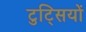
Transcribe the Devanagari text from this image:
टुट्सियों